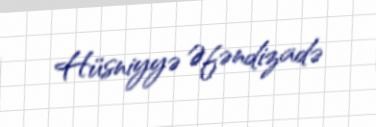
Hüsniyyə Əfəndizadə